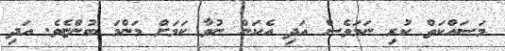
މަސައްކަތް ކުރި ނަމަވެސް އަދި އެކަން ނުވާ ކަމަށް މަންމަ ބުންޏެވެ. އަދި